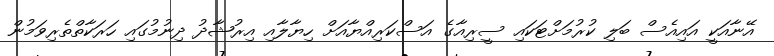
އޭނާއަކީ އައިއެސް ބަލި ކުރުމަށްޓަކައި ސީރިއާގެ އަސްކަރިއްޔާއަށް ހިޔާލާއި އިރުޝާދު ދިނުމުގައި ހަރަކާތްތެރިވަމުން